Indian journal of veterinary science and animal husbandry - Volume 11,
Year: 1941
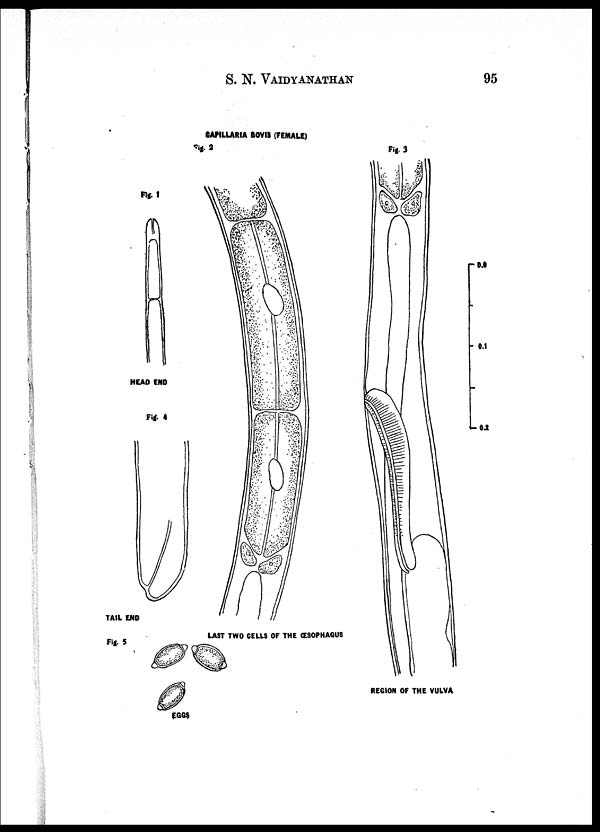
S. N.
VAIDYNATHAN
95